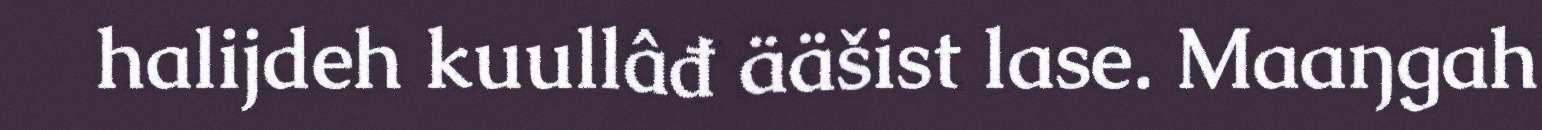
halijdeh kuullâđ ääšist lase. Maaŋgah